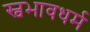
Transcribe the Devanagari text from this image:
स्वभावधर्म